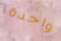
واحدة